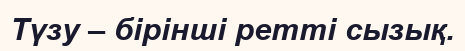
Түзу – бірінші ретті сызық.